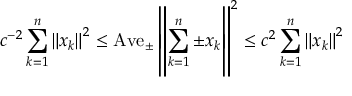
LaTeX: c ^ { - 2 } \sum _ { k = 1 } ^ { n } \left\| x _ { k } \right\| ^ { 2 } \leq \operatorname { A v e } _ { \pm } \left\| \sum _ { k = 1 } ^ { n } \pm x _ { k } \right\| ^ { 2 } \leq c ^ { 2 } \sum _ { k = 1 } ^ { n } \left\| x _ { k } \right\| ^ { 2 }